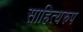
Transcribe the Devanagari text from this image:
साहित्यरुप